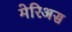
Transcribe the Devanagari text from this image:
मेरिअस